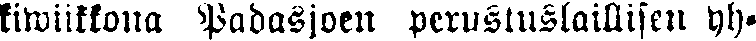
kiwiikkona Padasjoen perustuslaillisen yh-